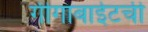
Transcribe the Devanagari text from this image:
गीगाबाईटची